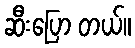
ဆီးပြော တယ်။